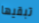
تبقيها